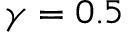
\gamma = 0 . 5